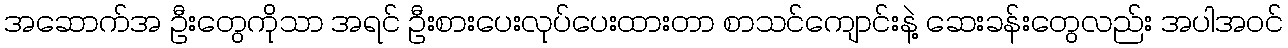
အဆောက်အ ဦးတွေကိုသာ အရင် ဦးစားပေးလုပ်ပေးထားတာ စာသင်ကျောင်းနဲ့ ဆေးခန်းတွေလည်း အပါအဝင်